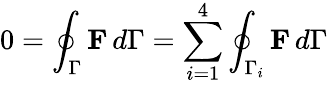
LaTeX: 0=\oint_{\Gamma}\mathbf{F}\, d\Gamma=\sum_{i=1}^{4}\oint_{\Gamma_{i}}\mathbf{F}\, d\Gamma